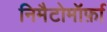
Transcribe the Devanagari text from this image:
निमैटोमॉर्फ़ा